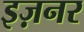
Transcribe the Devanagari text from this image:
इज़नर